Vital statistics of India. Vol. VI, European troops 1870-79
Year: 1870
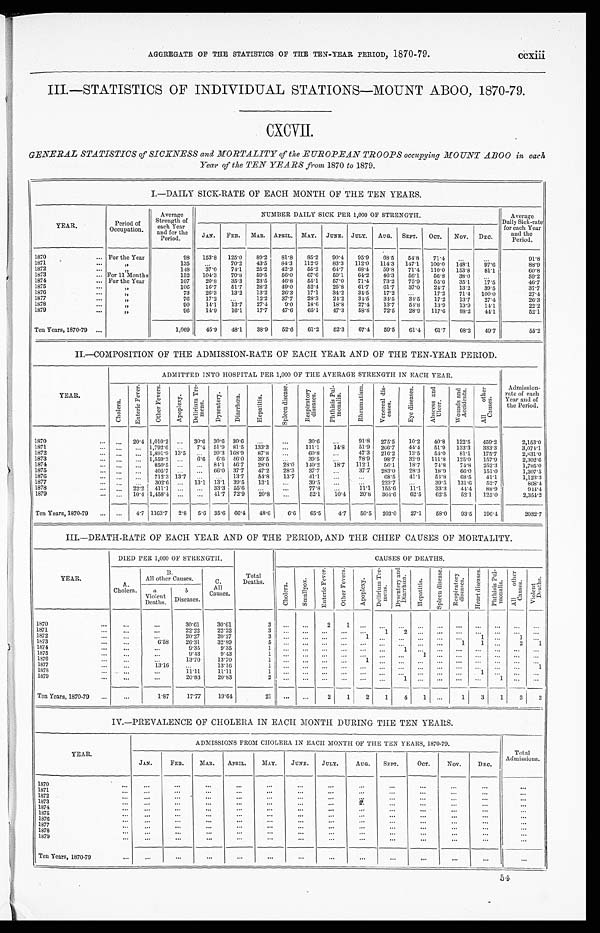
AGGREGATE OF THE STATISTICS OF THE TEN-YEAR PERIOD, 187 0 - 7 9 .
ccxiii
III.—STATISTICS OF INDIVIDUAL STATIONS—MOUNT ABOO, 1870-79.
CXCVII.
GENERAL STATISTICS of SICKNESS and MORTALITY of the EUROPEAN TROOPS occupying MOUNT ABOO in each
Year of the TEN YEARS from 1870 to 1879.
I.—DAILY SICK-RATE OF EACH MONTH OF THE TEN YEARS.
YEAR.
Periods of
Occupation.
Average
Strength of
each Year
and for the
Periods.
NUMBER DAILY SICK PER 1,000 OF STRENGTH.
Average
Daily Sick-rate
JAN.
FEB.
MAR.
APRIL.
MAY.
JUNE. JULY.
AUG.
SEPT.
OCT.
Nov.
DEC.
for each Year
ands the
Periods.
1870
For the Year
98
153.8
125.0
89.2
8 1 . 8
85.2
9 0 . 4
95.9
68.5
54.8
71.4
...
...
91.8
1871
" , ,
135
. . . . . 70.2
43.5
84.3
112.9
83.3
112.0
114.3
1 4 7 . 1 100.0
148.1
.97.6
88.9
1872
"
148
.37.0
74.1
25.2
42.3
55.2
64.7
68.4
59.8
71.4
110.0
153.8
81.1
60.8
1873
...
„
For 11 Months
152
104.3
70.8
59.5
56.0
67.6
59.1
64.2
46.3
56.1
56.8
38.0
...
59.2
1874
For the Year
107
20.8
35.3
23.5
46.8
55.1
57.0
71..4
73.2
75.9
55.6
35.1
17.5
46.7
1875
"
106
16.7
51.7
28.2
49.0
52.4
25.8
61.7
61.7
37.0
24.7
13.2
39.5
37.7
1876
"
73
26.3
13.2
13.2
26.3
17.1
34.2
34.5
17.2
. . . 17.2
71.4
100.0
27.4
1877
"
76
17.2
. . .
12.2
37.7
28.3
24.2
34.5
34.5
34.5
17.2
13.7
27.4
26.3
1878
"
00
14.1
13.7
27.4
9.0
18.6
18.8
27.4
13.7
54.8
13.0
13.9
14.1
22.2
1879
" "
96
14.9
16.1
17.7
47.6
65.1
47.3
58.8
_
72.5
28.9
117.6
88.2
441
52.1
Ten Years, 1870-79 ...
1,069
45.9
48.1
38.9
52.6
61.2
52.3
67.4
59.5
61.4
61.7
68.2
49.7
55.2
II.—COMPOSITION OF THE ADMISSION-RATE OF EACH YEAR AND OF THE TEN-YEAR PERIOD.
ADMITTED INTO HOSPITAL PER, 1,000 OF THE AVERAGE STRENGTH IN EACH YEAR.
YEAR.
C h o l e r a .
E n t e r i c F e v e r .
O t h e r
F e v e r s .
A p p l e x y .
D e l i r i u m T r e - M e n s .
D y s e n t e r y .
D i a r r h œ a .
H e p a t i t i s .
S p l e e n d i s e a s e .
R e s p i r a t o r y d i s e a s e s .
P h t h i s i s P u l - m o n a l i s
R h e u m a t i s m .
V e n e r a l d i s e a s e s .
E y e d i s e a s e s .
A b s c e s s a n d U l c e r .
W o u n d s a n d A c c i d e n t s .
A l l O t h e r C l a u s e s .
Admission-
rate of each
Year and o
the Period.
1870
...
20.4 1,010.2 ...
30.6 30.6 30.6
...
...
30.6
...
91.8
275.5
10.2
40.8
122.5
459.2
2,153.0
1871
. . .
1 , 7 9 2 . 6 ...
7.4 51'9 81.5
133. 3
. . . ,
1 1 1 . 1
14.8
51.0
266.7
44.4
51.9
133.3
333.3
3 , 0 7 4 . 1
1872
...
... 1,891.9 13.5
. . .
20'3 168.9
87.8
...
60.8
...
47.3
216.2
13'5
54.0
81.1
175.7
2,831.0
1873
. . .
1,559.9
...
6.6 6.6 46.0
39..5 ...
3 9 . 5 ...
78.9
9 8 . 7 32.9
1 1 1 . 8
1 2 5 . 0
157.9
2,302.6
1874
. . .
850.5 ...
. . . . .
84.1 46.7
28.0
.28.0
140.2
18.7
112.1
56.1
18.7
74.8
74.8
252.3
1,785.0
1875
. . .
405.7
. . .
...
66.0 37.7
47.2
28.3
37.7
...
37.7
283.0
28.3
18.9
33,
*83
6 6 . 8 151.0
1 , 2 0 7 . 5
1876
. . .
...
712'3 1. 3.7
..
...
13.7
54.8
13.7
41.1
...
. . .
68.5
41.1
54..8
6 8 . 5
41.1
1 , 1 2 3 . 3
1877
.
..
...
302.6
. . . . . . 1. 3.1 13.1 39.5
13.1
......
39.5
... ...
223.7
. . .
39.5
1 3 1 . 6
52.7
868.4
1878
. . .
22'2
411.1 ...
...
33.:3 55.6 ...
. . .
7 7 . 8
... 11.1
1 5 5 . 6
1 1 . 1
3 3 . 3
4 4 . 4
8 8 . 9
944.4
1879
. . . 10.4 1,458.4 ...
...
41.7 72.9
20.8
...
52.1
10.4
20.5
364.6
62.5
62.5
52'1
125'0
2,354.2
Ten Years, 1870-79
...
...
4.7 1 1163 . 7
2.8
5.6 35.6 66.4
48.6
6.6
65.5
4.7
50.5
203.0
27.1
58.0
93.5
196.4
2032.7
III.—DEATH-RATE OF EACH YEAR AND OF THE PERIOD, AND THE CHIEF CAUSES OF MORTALITY.
YEAR.
DIED PER 1,000 OF STRENGTH.
Total
Deaths.
CAUSES OF DEATHS.
A.
Cholera.
B.
All other Causes.
C.
All
Causes.
C h o l e r a .
S m a l l p o x .
E n t e r i c f e v e r .
O t h e r F e v e r s .
A p o p l e x y .
D e l i r i u m T r e -
m e n s .
D y s e n t e r y a n d D i a r r o e a .
H e p a t i t i s .
S p l e e n d i s e a s e . R e s p i r a t o r y
d i s e a s e s .
H e a r t
d i s e a s e s .
P h t h i s i s p u l -
mo n a l i s .
A l l O t h e r C a u s e s .
V i o l e n t D e a t h s .
a
Violent
Deaths.
b
Diseases.
1870
. . .
. . .
30.61
30.61
3
. . .
. . .
2
1
...
. . .
. . . ...
. . .
. . . ...
...
. . .
. . .
1 8 7 1
. . .
. . . 22.22
22.22
3
. . . ...
...
...
. . .
1
2 ...
...
...
. . . ...
...
. ..
. . .
1872
...
. . .
..
20.27
20.27
3
. . .
. . .
.. ....
...
1
...
...
..
1
1
1873
...
. . .
6.58
26.31
32.89
5
. . .
. . . ...
...
. . . . . . .
. . . . . .
. .
1
2
1
1874
. . .
...
9 .35
9.35
1
. . .
. . .
.. ....
.....
. . . .....
1
...
...
...
...
...
. . .
1875.
...
9.43
9.43
1
. . .
. . . ...
...
...
. . .
. . .
1
...
...
...
...
...
. . .
1876
. . .
. . .
13.70
13.70
1
. .
. . . ...
...
1
. . .
. . .
...
...
...
. . .
1877
. . . . .
13.16
. . .
13.16
1
. . . . . . . . .
...
. . . . . . ......
. . .
. . .
. . . —
. . . ...
1
1878
...
...
11.11
11.11
1
. . .
. . . ...
...
...
. . .
. . . ...
...
...
1
...
. . .
1879
. . .
...
20.83
20.83
2
. . .
. . . ...
...
...
. . .
1 ...
...
...
... 1
. . .
. . .
Ten Years, 1870-79
...
1.87
17.77
19.64
2 1
. . .
. . .
2
1
2
1
4
1
...
1
3
1
3
2
IV.—PREVALENCE OF CHOLERA IN EACH MONTH DURING THE TEN YEARS.
YEAR.
ADMISSIONS FROM CHOLERA IN EACH MONTH OF THE TEN YEARS, 1870-79.
Total
Admissions.
JAN.
FEB.
MAR.
APRIL.
MAY.
JUNE.
JULY.
AUG.
SEPT.
OCT.
Nov.
DEC.
1870
...
...
...
...
. ..
...
. . .
. . .
...
. ..
...
. . .
187
. . .
..
...
...
...
. . . .
...
. . .
. . .
...
...
1872
...
..... .
...
. . . . .
. . . . .
. . .
. . . . .
. .
. . .
...
...
. . .
1873
...
...
. . .
. . . . . . .
. . . . .
. . . . .
. . . . .
. . .
—
...
...
...
1874
. . .
...
. . .
. . . . . .
. . . . .
. . . . .
. . . . .
...
. . .
. . .
...
. .
.
1875
...
. . . . . . .
......
. . . . .
. . .
. . . . .
. . . . . .
. . .
...
. . .
. . .
...
...
1876
...
...
. . .
..,
. . .
. . .
. . .
...
. . .
...
1877
. . .
...
. . .
. . .
. . .
. . .
. . .
...
...
. . .
...
1 8 7 8
1878
...
...
...
. . .
. . .
. . .
...
. . .
...
...
. . .
...
...
...
...
1879
...
...
. . . . . .
. . . . .
. . . . .
. . .
. . .
...
...
. . .
...
. . .
Ten Years, 1870-79
. . .
...
. . .
...
....
...
...
. . .
. . .
...
...
...